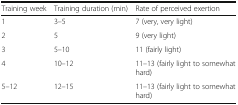
| Training week | Training duration (min) | Rate of perceived exertion |
 | --- | --- | --- |
 | 1 | 3–5 | 7 (very, very light) |
 | 2 | 5 | 9 (very light) |
 | 3 | 5–10 | 11 (fairly light) |
 | 4 | 10–12 | 11–13 (fairly light to somewhat hard) |
 | 5–12 | 12–15 | 11–13 (fairly light to somewhat hard) |